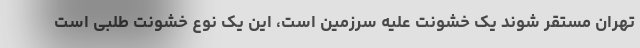
تهران مستقر شوند یک خشونت علیه سرزمین است، این یک نوع خشونت طلبی است